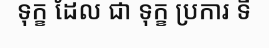
ទុក្ខ ដែល ជា ទុក្ខ ប្រការ ទី